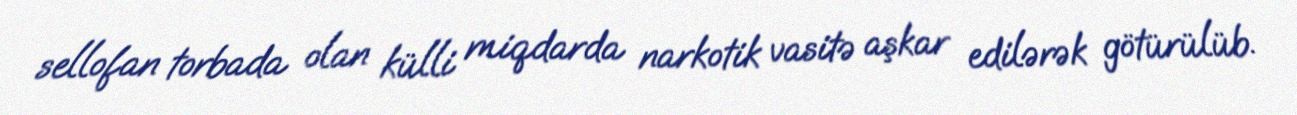
sellofan torbada olan külli miqdarda narkotik vasitə aşkar edilərək götürülüb.